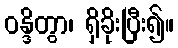
ဝန္ဒိတွာ၊ ရှိခိုးပြီး၍။